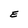
Character: E